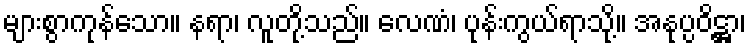
များစွာကုန်သော။ နရာ၊ လူတို့သည်။ လေဏံ၊ ပုန်းကွယ်ရာသို့။ အနုပ္ပဝိဋ္ဌာ၊